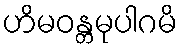
ဟိမဝန္တမုပါဂမိ